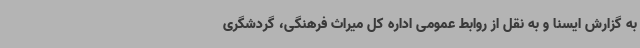
به گزارش ایسنا و به نقل از روابط عمومی اداره کل میراث فرهنگی، گردشگری